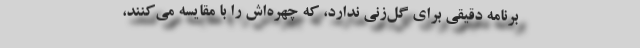
برنامه دقیقی برای گل‌زنی ندارد، که چهره‌اش را با مقایسه می‌کنند،